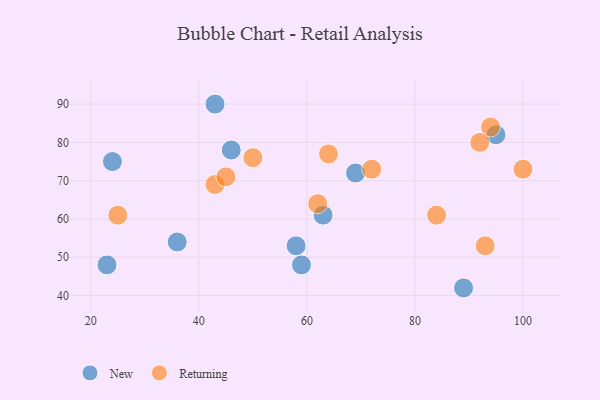
{"axis": {"x": "GDP", "y": "Life Expectancy"}, "legend": ["New", "Returning"], "data": [{"x": "36", "y": 54, "type": "New"}, {"x": "23", "y": 48, "type": "New"}, {"x": "63", "y": 61, "type": "New"}, {"x": "59", "y": 48, "type": "New"}, {"x": "58", "y": 53, "type": "New"}, {"x": "24", "y": 75, "type": "New"}, {"x": "89", "y": 42, "type": "New"}, {"x": "69", "y": 72, "type": "New"}, {"x": "95", "y": 82, "type": "New"}, {"x": "43", "y": 90, "type": "New"}, {"x": "46", "y": 78, "type": "New"}, {"x": "94", "y": 84, "type": "Returning"}, {"x": "84", "y": 61, "type": "Returning"}, {"x": "64", "y": 77, "type": "Returning"}, {"x": "92", "y": 80, "type": "Returning"}, {"x": "72", "y": 73, "type": "Returning"}, {"x": "43", "y": 69, "type": "Returning"}, {"x": "100", "y": 73, "type": "Returning"}, {"x": "25", "y": 61, "type": "Returning"}, {"x": "45", "y": 71, "type": "Returning"}, {"x": "93", "y": 53, "type": "Returning"}, {"x": "50", "y": 76, "type": "Returning"}, {"x": "62", "y": 64, "type": "Returning"}]}